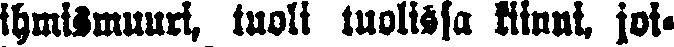
ihmismuuri, tuoli tuolissa kiinni, joi-